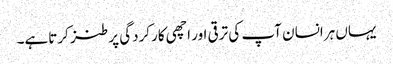
یہاں ہرانسان آپ کی ترقی اور اچھی کارکردگی پر طنز کرتاہے۔